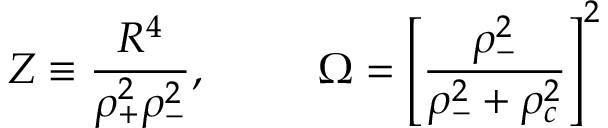
Z \equiv \frac { R ^ { 4 } } { \rho _ { + } ^ { 2 } \rho _ { - } ^ { 2 } } , \; \; \ \ \ \ \ \ \Omega = \left[ \frac { \rho _ { - } ^ { 2 } } { \rho _ { - } ^ { 2 } + \rho _ { c } ^ { 2 } } \right] ^ { 2 }